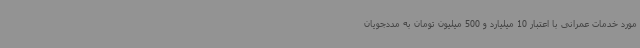
مورد خدمات عمرانی با اعتبار 10 میلیارد و 500 میلیون تومان به مددجویان